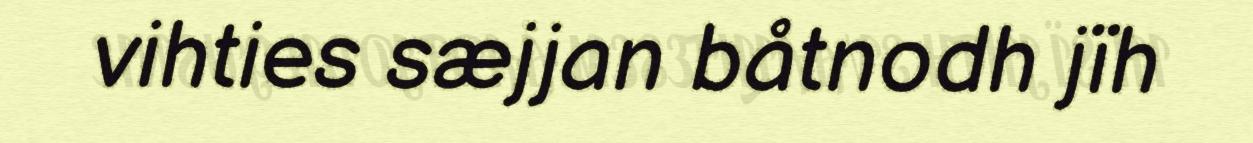
vihties sæjjan båtnodh jïh